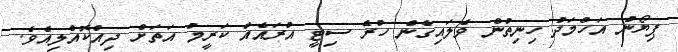
ޕިޔޯނު އަހްމަދު ހިނިތުން ވެލައިގެން ހުރެ ސިޓީ އުރައެއް ކަރީމު އަތަށް ދިއްކޮއްލިއެވެ.